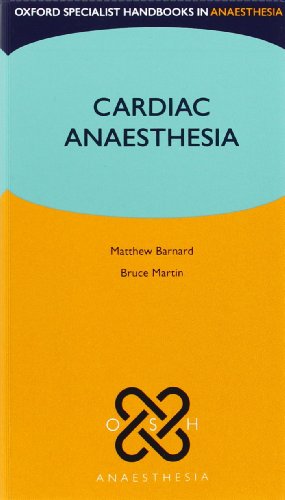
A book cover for Cardiac Anaesthesia (Oxford Specialist Handbooks in Anaesthesia); Matthew Barnard; Medical Books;